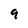
Character: 9